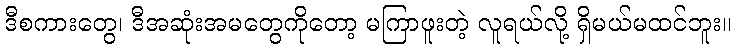
ဒီစကားတွေ၊ ဒီအဆုံးအမတွေကိုတော့ မကြာဖူးတဲ့ လူရယ်လို့ ရှိမယ်မထင်ဘူး။